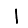
Digit: 1